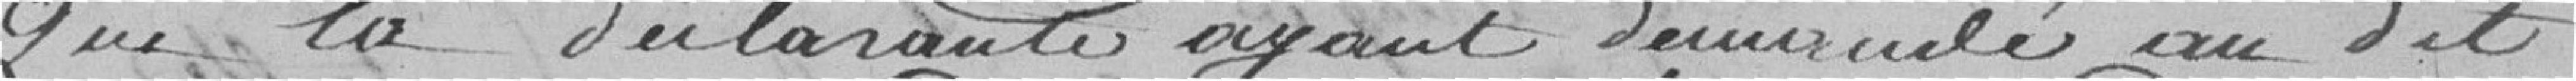
Que la déclarante ayant demandé au dit